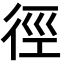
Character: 徑